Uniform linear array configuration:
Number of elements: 24
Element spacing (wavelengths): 0.75
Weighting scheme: binomial
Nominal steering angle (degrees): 60
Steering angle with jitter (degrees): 59.778
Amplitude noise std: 0.05
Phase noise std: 0.05

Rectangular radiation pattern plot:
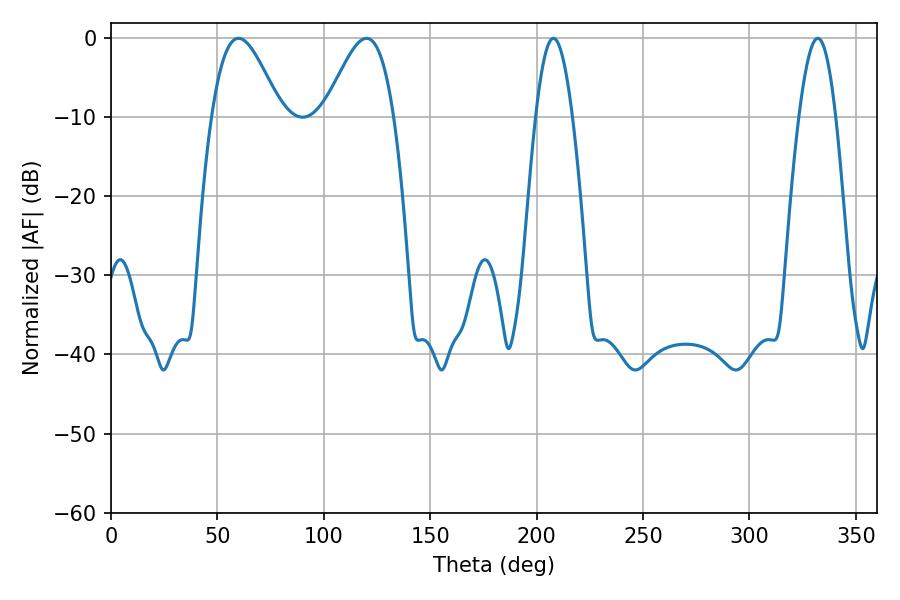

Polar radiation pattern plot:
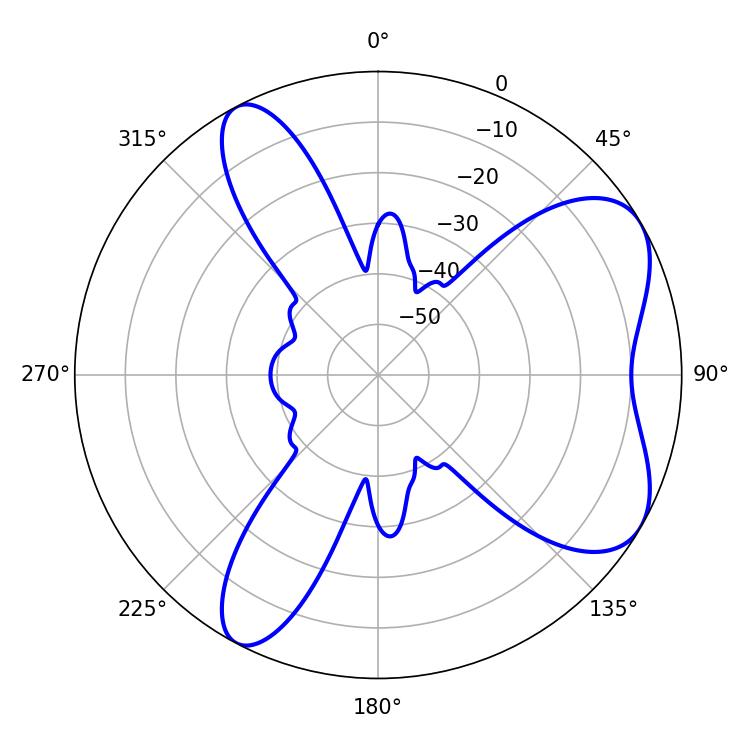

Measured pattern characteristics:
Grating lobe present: TRUE
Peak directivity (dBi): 6.509
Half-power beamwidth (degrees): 17.28
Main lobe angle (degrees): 59.94